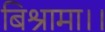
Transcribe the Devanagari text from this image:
बिश्रामा।।